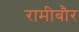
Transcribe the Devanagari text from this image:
रामीबौर